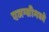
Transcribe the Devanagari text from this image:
एजन्सीमध्ये